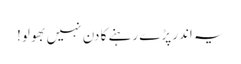
یہ اندر پڑے رہنے کا دن نہیں بھولو!